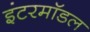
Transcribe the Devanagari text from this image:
इंटरमॉडल